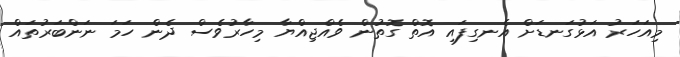
މިއަހަރު އަޅުގަނޑަށް އެނގިފައި އޮތް ގޮތުން ވެއްޖިއްޔާ މިހާރުވެސް ދެން ހަމަ ނަންބަރުތައް